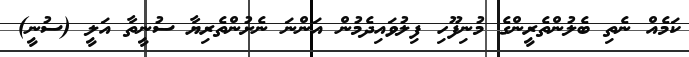
ކަމެއް ނެތި ބެލުންތެރީންގެ މުނިފޫހި ފިލުވައިދެމުން އަންނަ ނެށުންތެރިޔާ ސުނީތާ އަލީ (ސުނީ)